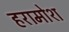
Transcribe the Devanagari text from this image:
हरामोश